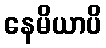
နေမိယာပိ